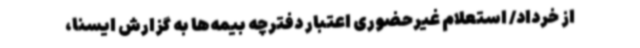
از خرداد/ استعلام غیرحضوری اعتبار دفترچه‌ بیمه‌ها به گزارش ایسنا،